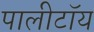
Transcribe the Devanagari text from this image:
पालीटॉय